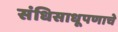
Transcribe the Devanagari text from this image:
संधिसाधूपणाचे